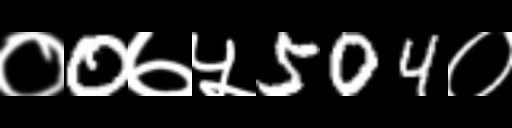
Text: ०0७५504०